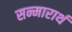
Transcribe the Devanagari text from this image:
सन्मारार्थ